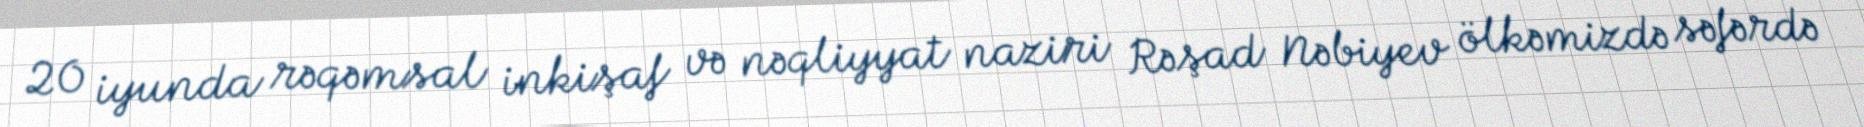
20 iyunda rəqəmsal inkişaf və nəqliyyat naziri Rəşad Nəbiyev ölkəmizdə səfərdə